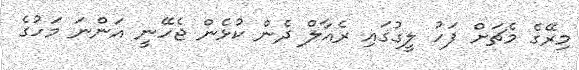
މިރޭގެ މެޗަށް ފަހު ލީގުގައި ރެއާލް ދެން ކުޅެން ޖެހޭނީ އަންނަ މަހުގެ